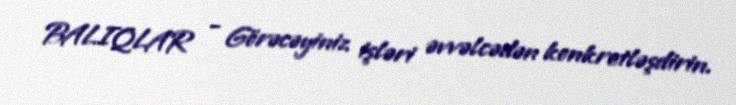
BALIQLAR - Görəcəyiniz işləri əvvəlcədən konkretləşdirin.